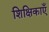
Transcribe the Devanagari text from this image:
शिक्षिकाएँ